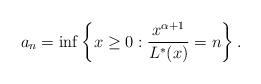
LaTeX: \begin{align*} a_n = \inf\left\{ x \geq 0 : \frac{x^{\alpha + 1}}{L^*(x)} = n \right\}.\end{align*}